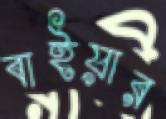
বাইয়ার